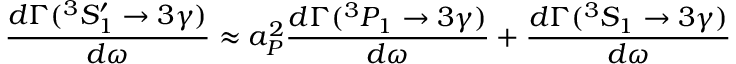
\frac { d \Gamma ( { } ^ { 3 } S _ { 1 } ^ { \prime } \rightarrow 3 \gamma ) } { d \omega } \approx a _ { P } ^ { 2 } \frac { d \Gamma ( { } ^ { 3 } P _ { 1 } \rightarrow 3 \gamma ) } { d \omega } + \frac { d \Gamma ( { } ^ { 3 } S _ { 1 } \rightarrow 3 \gamma ) } { d \omega }